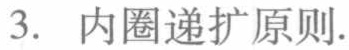
3. 内圈递扩原则.